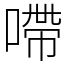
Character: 㗣